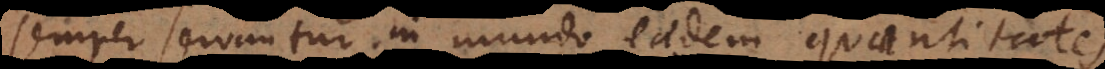
semper servantur in mundo eaedem quantitates